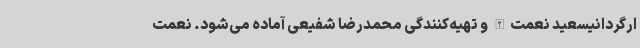
ارگردانیسعید نعمت‌الله و تهیه‌کنندگی محمدرضا شفیعی آماده می‌شود. نعمت